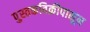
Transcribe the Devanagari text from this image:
पुस्तकविक्रीपासून